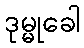
ဒုမ္မုခေါ